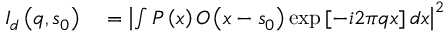
\begin{array} { r l } { I _ { d } \left( \boldsymbol { q } , \boldsymbol { s } _ { 0 } \right) } & { { } = \left| \int P \left( \boldsymbol { x } \right) O \left( \boldsymbol { x } - \boldsymbol { s } _ { 0 } \right) \exp \left[ - i 2 \pi \boldsymbol { q } \boldsymbol { x } \right] d \boldsymbol { x } \right| ^ { 2 } } \end{array}